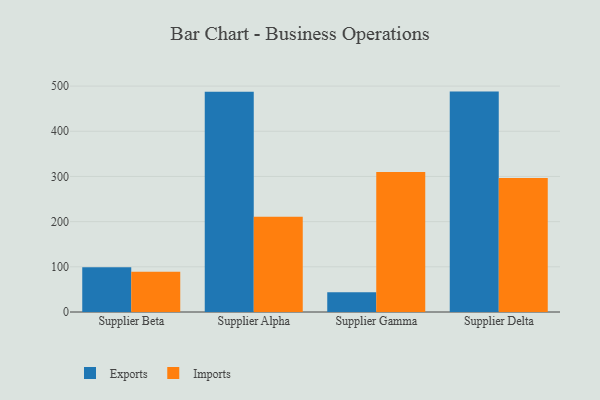
{"axis": {"x": "Supplier", "y": "Latency (ms)"}, "legend": ["Exports", "Imports"], "data": [{"x": "Supplier Beta", "y": 99.1, "type": "Exports"}, {"x": "Supplier Beta", "y": 89.1, "type": "Imports"}, {"x": "Supplier Alpha", "y": 487.5, "type": "Exports"}, {"x": "Supplier Alpha", "y": 211.0, "type": "Imports"}, {"x": "Supplier Gamma", "y": 43.8, "type": "Exports"}, {"x": "Supplier Gamma", "y": 310.1, "type": "Imports"}, {"x": "Supplier Delta", "y": 487.8, "type": "Exports"}, {"x": "Supplier Delta", "y": 296.4, "type": "Imports"}]}